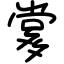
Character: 㗬